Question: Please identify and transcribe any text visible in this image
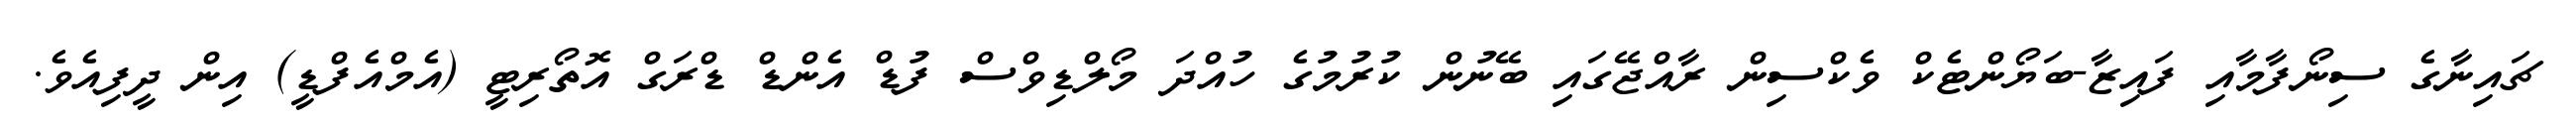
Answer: ޗައިނާގެ ސިނޯފާމާއި ފައިޒާ-ބަޔޯންޓެކް ވެކްސިން ރާއްޖޭގައި ބޭނުން ކުރުމުގެ ހުއްދަ މޯލްޑިވްސް ފުޑް އެންޑް ޑްރަގް އޮތޯރިޓީ (އެމްއެފްޑީ) އިން ދީފިއެވެ.